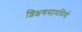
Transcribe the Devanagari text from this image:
शिक्षणसामग्रियों